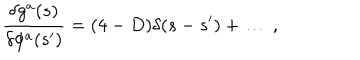
LaTeX: \frac { \delta g ^ { a } ( s ) } { \delta \phi ^ { a } ( s ^ { \prime } ) } = ( 4 - D ) \delta ( s - s ^ { \prime } ) + \ldots \: ,